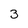
Character: 3